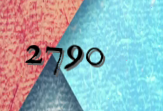
2790